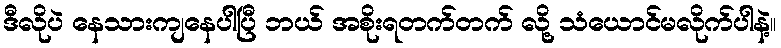
ဒီလိုပဲ နေသားကျနေပါပြီ ဘယ် အစိုးရတက်တက် လို့ သံယောင်မလိုက်ပါနဲ့။